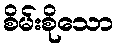
စိမ်းစိုသော